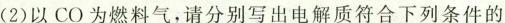
(2)以CO为燃料气，请分别写出电解质符合下列条件的